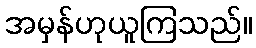
အမှန်ဟုယူကြသည်။